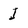
Character: I